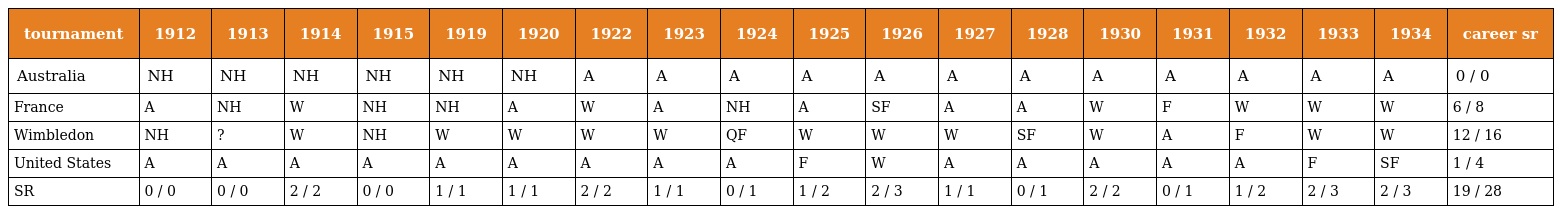
| tournament | 1912 | 1913 | 1914 | 1915 | 1919 | 1920 | 1922 | 1923 | 1924 | 1925 | 1926 | 1927 | 1928 | 1930 | 1931 | 1932 | 1933 | 1934 | career sr |
 | --- | --- | --- | --- | --- | --- | --- | --- | --- | --- | --- | --- | --- | --- | --- | --- | --- | --- | --- | --- |
 | Australia | NH | NH | NH | NH | NH | NH | A | A | A | A | A | A | A | A | A | A | A | A | 0 / 0 |
 | France | A | NH | W | NH | NH | A | W | A | NH | A | SF | A | A | W | F | W | W | W | 6 / 8 |
 | Wimbledon | NH | ? | W | NH | W | W | W | W | QF | W | W | W | SF | W | A | F | W | W | 12 / 16 |
 | United States | A | A | A | A | A | A | A | A | A | F | W | A | A | A | A | A | F | SF | 1 / 4 |
 | SR | 0 / 0 | 0 / 0 | 2 / 2 | 0 / 0 | 1 / 1 | 1 / 1 | 2 / 2 | 1 / 1 | 0 / 1 | 1 / 2 | 2 / 3 | 1 / 1 | 0 / 1 | 2 / 2 | 0 / 1 | 1 / 2 | 2 / 3 | 2 / 3 | 19 / 28 |